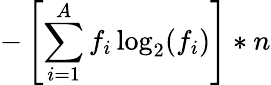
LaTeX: -\left[\sum_{i=1}^{A}f_{i}\log_{2}(f_{i})\right]*n